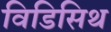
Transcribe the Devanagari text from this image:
विडिसिथ